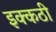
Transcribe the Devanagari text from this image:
इक्कठी